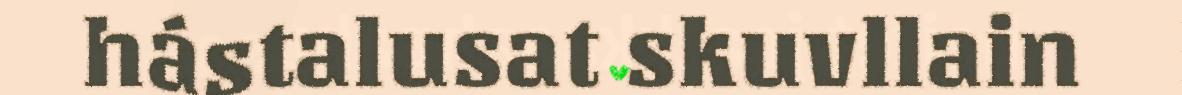
hástalusat skuvllain